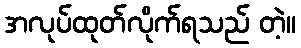
အလုပ်ထုတ်လိုက်ရသည် တဲ့။